Lunatic asylums Bombay report 1878-1890 - 1878-1890
Year: 1878
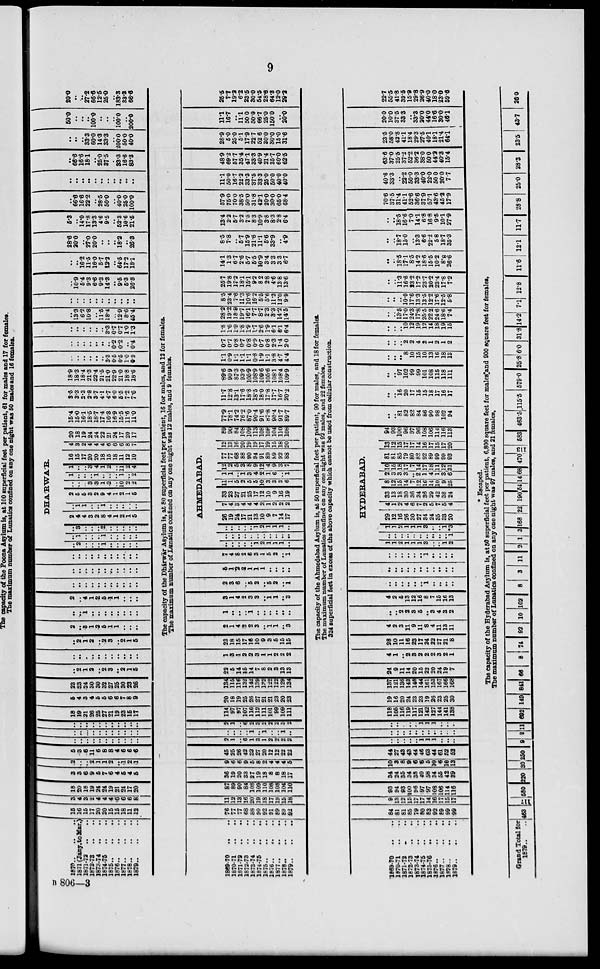
9
1870
..
..
..
1871 (Jany.toMar.)
1871-72 .. ..
1872-73 .. ..
1873-74 .. ..
1874-75 .. ..
1875 .. .. ..
1876 .. .. ..
1877 .. .. ..
1878 .. .. ..
1879 .. .. ..
15
16
15
17
20
20
15
15
18
11
12
3
4
3
2
4
4
4
6
6
6
8
1869-70 .. ..
1870-71 .. ..
1871-73 .. ..
1872-73 .. ..
1873-74 .. ..
1874-75 .. ..
1875 .. .. ..
1876 .. .. ..
1877 .. .. ..
1878 .. .. ..
1879
..
..
..
76
77
77
68
88
90
92
91
89
89
92
11
12
13
16
20
19
18
17
19
15
18
1869-70 .. ..
1870-71 .. ..
1871-72 .. ..
1872-73 .. ..
1873-74 .. ..
1874-75 .. ..
1875-76 .. ..
1876
..
..
..
1877
..
..
..
1878
..
..
..
1879
..
..
..
84
81
81
85
79
80
83
92
89
99
99
9
13
12
13
17
17
14
16
14
15
17
Grand Total for
1879..
.. 463
117
18
20
18
19
24
24
19
21
24
17
20
3
3
6
9
5
7
6
4
5
4
5
2
..
..
2
1
1
2
..
1
2
1
5
3
6
11
6
8
8
4
6
6
6
..
..
..
..
..
..
..
..
..
..
..
..
..
...
..
..
..
..
..
..
..
..
..
..
..
..
..
..
..
..
..
..
..
18
19
31
26
25
27
21
19
23
15
17
6
4
3
4
5
5
6
6
7
8
9
23
23
24
30
30
32
27
25
30
23
26
..
2
1
2
..
2
3
..
2
1
5
..
..
..
..
..
..
..
..
..
..
..
..
2
1
2
..
2
3
..
2
1
5
87
89
90
84
108
109
110
108
108
104
110
36
19
20
33
27
19
18
8
8
18
17
9
6
6
9
5
8
2
4
4
4
5
45
25
26
42
32
27
20
12
12
22
22
2
1
..
6
1
3
1
2
2
2
2
..
..
..
..
1
..
1
..
..
1
..
2
1
..
6
2
3
2
2
2
3
2
114
97
97
107
116
112
111
101
99
109
111
20
18
19
25
26
27
21
21
23
20
23
134
115
116
132
142
139
132
122
122
129
134
22
5
14
15
14
7
8
2
3
13
13
1
3
1
2
2
3
1
1
2
2
2
93
94
93
100
96
97
97
108
106
114
16
34
24
35
34
38
40
58
34
55
42
39
10
3
8
9
6
6
5
10
6
10
13
44
27
43
43
44
46
63
44
61
52
52
..
..
..
..
..
1
1
1
..
..
..
..
..
..
..
..
..
..
..
..
..
..
..
..
..
..
..
1
1
1
..
..
..
118
105
116
119
117
121
142
127
144
141
138
19
16
20
24
23
23
19
26
23
25
30
580 220
30
250 9 2
11
682 149
137
121
136
143
140
144
161
153
167
166
168
24
9
11
14
20
15
22
20
24
19
7
4
1
..
2
3
2
2
2
3
2
1
23
18
15
17
16
10
9
3
5
15
15
2
..
3
1
2
5
1
1
..
..
..
..
..
1
..
..
..
..
..
..
..
..
2
..
4
1
2
5
1
1
..
..
..
..
..
..
..
..
..
..
..
..
..
..
..
..
..
..
..
..
..
..
..
..
..
..
..
..
..
..
..
..
..
..
..
..
DHA'RWA'R
..
2
..
..
..
1
..
..
..
..
..
..
1
..
..
..
1
..
..
..
..
..
..
3
..
..
..
2
..
..
..
..
..
2
4
4
3
2
8
4
1
2
1
5
..
1 1
..
..
1
..
..
..
..
..
2
5
5
3
2
9
4
1
2
1
5
..
..
..
3
3
1
2
..
10
2
2
1
..
..
..
1
..
..
..
1
..
2
1
..
..
3 4
1
2
..
11
2
4
16
15
17
20
20
18
15
18
11
12
10
4
3
2
4
4
4
6
6
6
8
7
20
18
19
24
24
22
21
24
17
20
17
15.4
15.0
16.1
18.5
18.7
17.4
16.3
16.9
15.5
11.6
11.0
3.5
3.3
2.3
28
3.7
41
4.7
6.0
5.5
7.2
7.6
18.9
18.3
18.4
21.3
22.4
21.5
21.0
22.9
21.0
18.8
18.6
..
..
..
..
..
..
33
0.5
0.5
1.0
0.9
..
..
..
..
..
..
..
0.2
0.2
..
0.4
..
..
..
..
..
..
3.3
0.7
0.7
1.0
1.3
..
13.3
6.2
10.8
..
11.5
18.4
..
12.9
8.6
45.4
The capacity of the Dhárwár Asylum is, at 80 superficial feet per patient, 16 for males, and 12 for females.
The maximum number of Lunatics confined on any one night was 12 males, and 9 females.
2
1
4
2
2
3
..
1
1
..
3
1
..
..
..
1
..
..
..
..
..
..
3
1
4
2
3
3
..
1
1
..
3
2
3
6
..
5
2
..
5
2
..
1
5
1
2
2
1
1
1
..
..
..
..
7
4
8
2
6
3
1
5
2
..
1
AHMEDABAD.
..
..
..
..
..
1
2
1
1
1
..
..
..
..
..
..
..
..
..
..
..
..
..
..
..
..
..
1
2
1
1
1
..
26
19
24
17
21
13
10
9
7
14
17
7
4
3
4
4
4
2
1
2
2
2
33
23
27
21
25
17
12
10
9
16
19
11
1
5
2
5
5
10
3
3
3
6
1
1
..
1
3
4
2
1
6
..
1
12
2
5
3
8
9
12
4
9
3
7
77
77
68
88
90
94
91
89
89
92
88
12
13
16
20
19
19
17
19
15
18
20
89
90
84
108
109
113
108
108
104
110
108
77.9
78.1
74.2
76.2
87.0
90.4
91.6
87.8
90.4
91.7
89.7
11.7
12.8
13.1
17.6
18.8
18.5
18.0
17.8
17.7
16.7
20.2
89.6
90.9
87.3
93.9
105.9
108.9
109.6
105.6
108.1
108.4
109.9
1.1
0.9
1.1
1.1
1.1
0.8
1.9
1.1
3.8
4.7
4.4
0.7
0.7
0.8
0.7
0.8
0.9
0.7
0.8
2.3
1.4
2.0
1.8
1.6
1.9
1.8
1.9
1.7
2.6
1.9
6.1
6.1
6.4
28.2
19.2
18.9
19.7
16.1
7.7
8.7
2.3
3.3
14.2
14.5
The capacity of the Ahmedabad Asylum is, at 50 superficial feet per patient, 90 for males, and 18 for females.
The maximum number of Lunatics confined on any one night was 92 males, and 22 females.
324 8aperficial feet in excess of the above capacity which cannot be used from cellular construction.
28
10
11
16
23
17
24
22
27
21
8
4
2
3
11
9
11
8
4
11
13
11
..
..
2
2
3
5
..
3
4
3
2
4
2
5
13
12
16
8
7
15
16
13
..
..
..
..
..
..
1
..
..
..
..
..
..
..
..
..
..
..
..
..
..
..
..
..
..
..
..
..
1
..
..
..
..
HYDERABAD.
1
1
2
1
1
1
3
..
..
1
2
..
..
..
..
..
..
..
..
..
..
1
1
1
2
1
1
1
3
..
..
1
*3
29
12
16
26
30
27
34
24
35
33
20
4
1
2
4
6
7
2
5
7
5
4
33
13
18
30
36
34
36
29
42
38
24
8
12
15
14
7
12
16
14
10
9
25
2
3
3
3
..
2
1
4
1
3
6
10
15
18
17
7
14
17
18
11
12
31
81
81
85
79
80
82
92
89
99
99
93
13
12
15
17
17
14
16
17
15
17
20
94
93
100
96
97
96
108
106
114
116
113
..
..
81
82
82
84
86
90
98
102
94
..
..
16
20
17
15
15
18
17
16
17
..
..
97
102
99
99
101
108
115
118
111
..
..
..
8
10
15
10
13
16
18
13
..
..
..
2
2
4
2
1
2
1
2
..
..
..
10
12
19
12
14
18
19
15
..
..
13.5
17.0
24.3
17.8
25.5
22.2
24.6
18.6
7.4
..
..
..
..
..
..
..
..
..
..
..
..
10.9
5.4
9.3
6.6
9.3
14.3
..
9.5
5.3
26.8
..
..
16.2
11.5
16.0
5.7
12.2
..
64.5
17.2
18.1
28.6
20.0
..
27.0
20.0
..
..
..
18.2
..
26.3
5.3
..
14.0
17.8
13.3
4.6
9.5
..
52.3
10.6
21.5
..
66.6
16.6
22.2
..
28.5
50.0
..
40.0
25.0
100.0
..
..
..
..
..
..
..
..
..
..
..
..
66.6
16.6
181
..
25.0
37.5
..
83.5
16.6
83.3
..
..
..
33.3
60.0
14.3
33.3
..
200.0
50.0
40.0
50.0
..
..
..
100.0
..
..
..
100.0
..
200.0
20.0
..
..
27.2
66.6
12.5
25.0
..
183.3
33.3
66.6
8.5
23.4
7.6
11.3
10.6
16.2
5.5
5.6
11.3
12.0
9.9
25.7
19.8
17.2
18.1
15.1
9.2
8.2
2.8
4.6
13.8
13.6
14.1
1.3
6.7
2.6
5.7
5.5
10.9
3.4
3.3
3.3
6.7
8.5
7.8
..
5.7
15.9
21.6
11.1
56
33.9
..
4.9
13.4
2.2
5.7
3.2
7.5
8.3
10.9
3.8
8.3
2.8
6.4
57.9
75.0
70.0
38.5
50.0
31.8
42.1
20.0
30.0
65.0
68.4
11.1
50.0
16.7
22.2
33.3
37.5
33.3
25.0
50.0
40.0
40.0
48.9
69.2
57.7
35.4
47.1
33.3
40.9
21.4
35.7
60.0
62.5
28.9
5.0
25.0
5.1
17.9
22.7
52.6
30.0
30.0
15.0
31.6
11.1
16.7
..
11.1
50.0
50.0
66.7
25.0
150.0
..
20.0
25.5
7.7
19.2
6.2
23.5
30.0
54.5
28.6
64.3
12.0
29.2
..
..
..
10.0
17.6
13.3
13.5
12.2
17.6
12.5
5.8
..
..
11.3
16.6
23.2
17.2
23.7
20.2
23.4
17.8
7.2
* Escaped.
The capacity of the Hyderabad Asylum is, at 50 superficial feet per patient, 6,800 square feet for males and 900 square feet for females,
The maximum number of Lunatics confined on any one sight was 97 males, and 21 females.
841 66
8
74
92 10 102 8
3
11
2 1
3 168
22
190 54 14 68 470
113
583 463.5 115.5 579.0 25.8 6.0 31.8 14.2 7.1 12.8
..
..
18.5
17.1
8.5
14.2
18.6
15.5
10.2
8.8
26.6
..
..
18.7
15.0
..
13.3
6.6
22.2
5.8
18.7
35.3
..
..
18.5
16.6
7.0
14.1
6.8
16.8
9.5
10.1
27.9
70.6
37.5
31.4
41.1
52.6
36.6
37.9
57.1
43.6
45.2
17.9
40.6
33.3
..
22.2
50.0
33.3
40.0
22.0
50.0
20.0
7.7
63.6
37.0
25.5
37.2
52.2
36.2
38.0
50.0
44.2
40.3
15.4
23.5
58.0
42.8
41.1
18.4
29.3
27.5
40.1
18.1
21.4
64.1
20.0
10.0
37.5
33.3
..
33.3
20.0
44.0
16.6
30.0
46.1
22.7
55.5
41.8
39.5
15.9
29.8
26.9
40.0
18.0
23.0
59.6
11.6
12.1
11.7
28.8
25.0 28.3
23.5 43.7
26.0
B 806—3